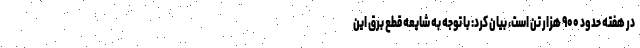
در هفته حدود ۹۰۰ هزار تن است، بیان کرد: با توجه به شایعه قطع برق این